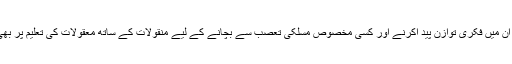
اسی طرح ان میں فکری توازن پید اکرنے اور کسی مخصوص مسلکی تعصب سے بچانے کے لیے منقولات کے ساتھ معقولات کی تعلیم پر بھی زور دیا۔